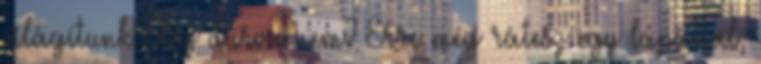
világítunk Elég durva nem? Erre még rátesz egy lapáttal,